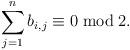
LaTeX: \begin{align*} \sum_{j=1}^n b_{i,j}\equiv0\bmod2. \end{align*}